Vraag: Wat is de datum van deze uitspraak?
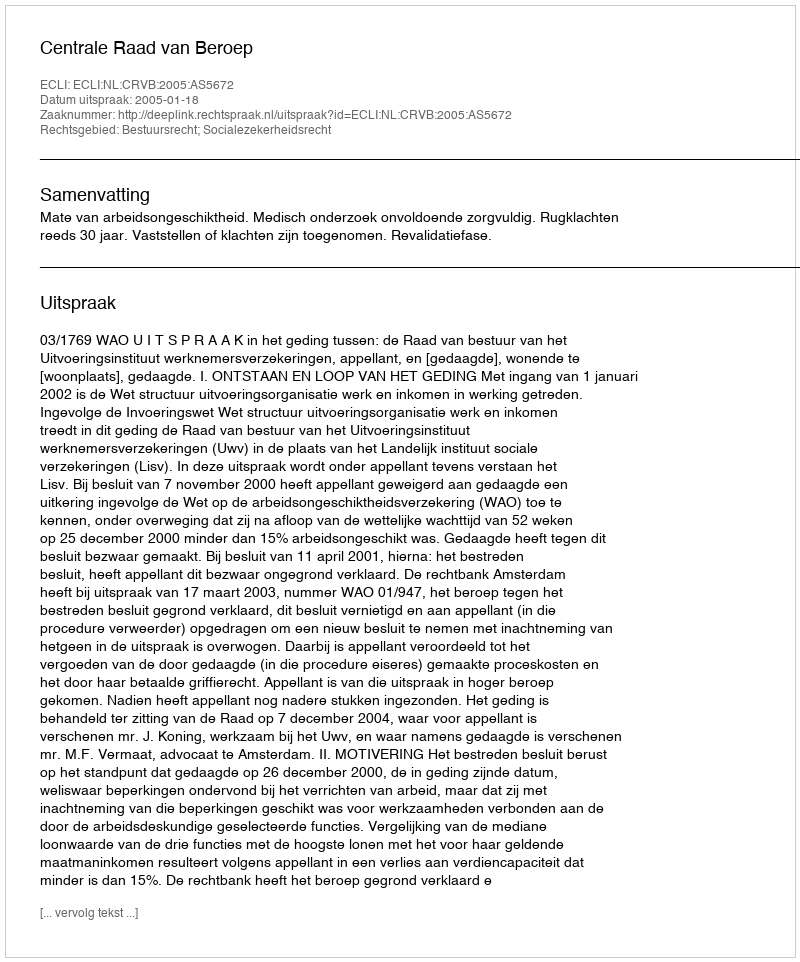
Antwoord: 2005-01-18